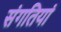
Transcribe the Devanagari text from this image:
संगतियां